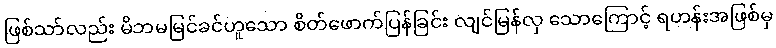
ဖြစ်သာ်လည်း မိဘမမြင်ခင်ဟူသော စိတ်ဖောက်ပြန်ခြင်း လျင်မြန်လှ သောကြောင့် ရဟန်းအဖြစ်မှ